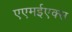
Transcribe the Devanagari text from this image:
एएमईएक्स